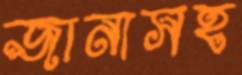
জানাসহ